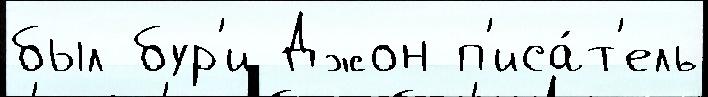
был бур'и Джон п'иса́т'ель